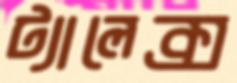
ট্যালেক্স